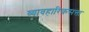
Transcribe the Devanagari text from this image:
व्यावहारिकसत्ता